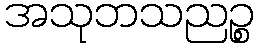
အသုဘသညဉ္စ